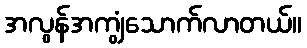
အလွန်အကျွံသောက်လာတယ်။